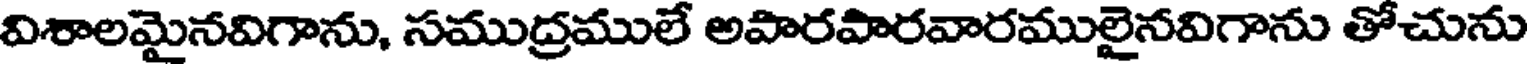
విశాలమైనవిగాను, సముద్రములే అపారపారవారములైనవిగాను తోచును